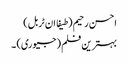
احسن رحیم (طیفا ان ٹربل)
بہترین فلم (جیوری) ۔